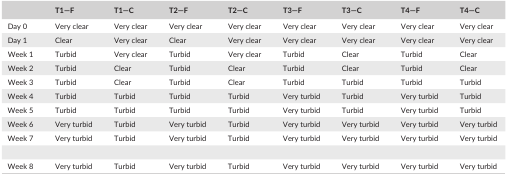
|  | T1—F | T1—C | T2—F | T2—C | T3—F | T3—C | T4—F | T4—C |
 | --- | --- | --- | --- | --- | --- | --- | --- | --- |
 | Day 0 | Very clear | Very clear | Very clear | Very clear | Very clear | Very clear | Very clear | Very clear |
 | Day 1 | Clear | Very clear | Clear | Very clear | Very clear | Very clear | Very clear | Very clear |
 | Week 1 | Turbid | Very clear | Turbid | Very clear | Turbid | Clear | Turbid | Clear |
 | Week 2 | Turbid | Clear | Turbid | Clear | Turbid | Clear | Turbid | Clear |
 | Week 3 | Turbid | Clear | Turbid | Clear | Turbid | Turbid | Turbid | Turbid |
 | Week 4 | Turbid | Turbid | Turbid | Turbid | Very turbid | Turbid | Very turbid | Turbid |
 | Week 5 | Turbid | Turbid | Turbid | Turbid | Very turbid | Turbid | Very turbid | Turbid |
 | Week 6 | Very turbid | Turbid | Very turbid | Turbid | Very turbid | Very turbid | Very turbid | Very turbid |
 | Week 7 | Very turbid | Turbid | Very turbid | Turbid | Very turbid | Very turbid | Very turbid | Very turbid |
 | Week 8 | Very turbid | Turbid | Very turbid | Turbid | Very turbid | Very turbid | Very turbid | Very turbid |